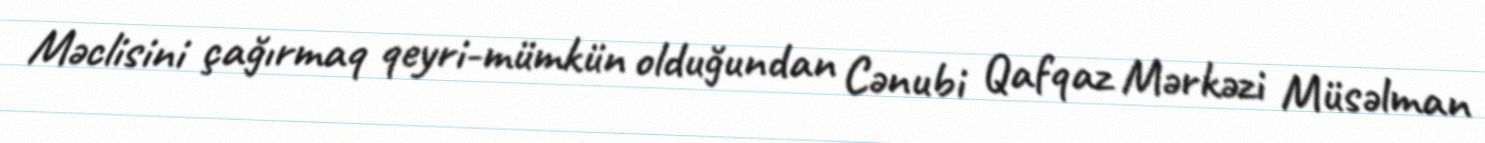
Məclisini çağırmaq qeyri-mümkün olduğundan Cənubi Qafqaz Mərkəzi Müsəlman